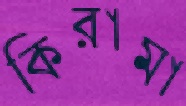
কিরামা